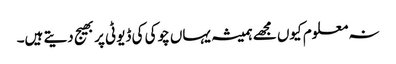
نہ معلوم کیوں مجھے ہمیشہ یہاں چوکی کی ڈیوٹی پر بھیج دیتے ہیں۔